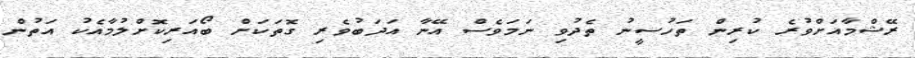
ރޭޝްމާއަށްވުރެ ކުރިން ތަހުސީނު ތެދުވި ނަމަވެސް އޭނާ އަދަބުވެރި ގޮތަކަށް ބޯއަރިކޮށްލުމާއެކު އަތުން